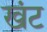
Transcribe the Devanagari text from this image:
खंट